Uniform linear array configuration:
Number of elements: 16
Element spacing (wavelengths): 1
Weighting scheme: binomial
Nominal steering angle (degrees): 60
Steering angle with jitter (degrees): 58.914
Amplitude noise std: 0.05
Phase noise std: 0.05

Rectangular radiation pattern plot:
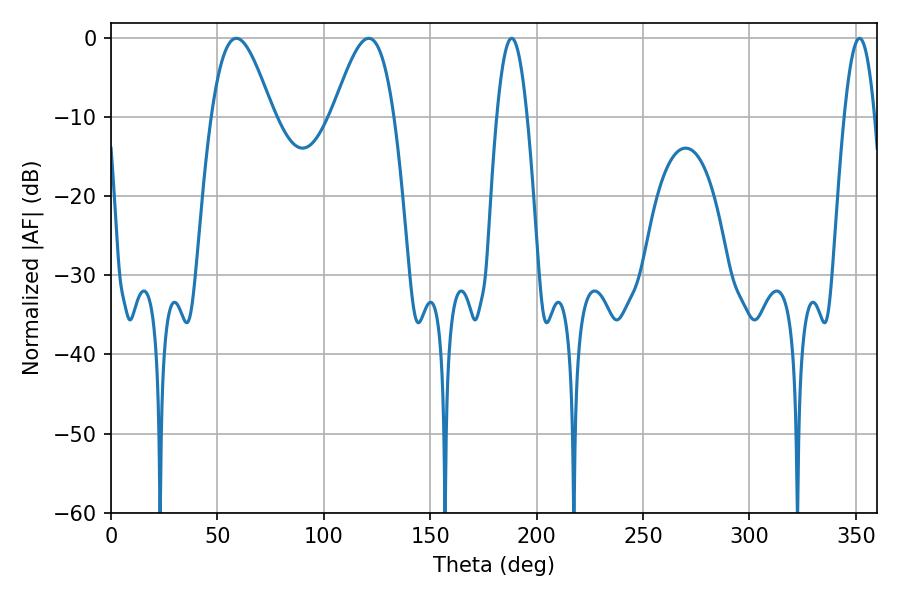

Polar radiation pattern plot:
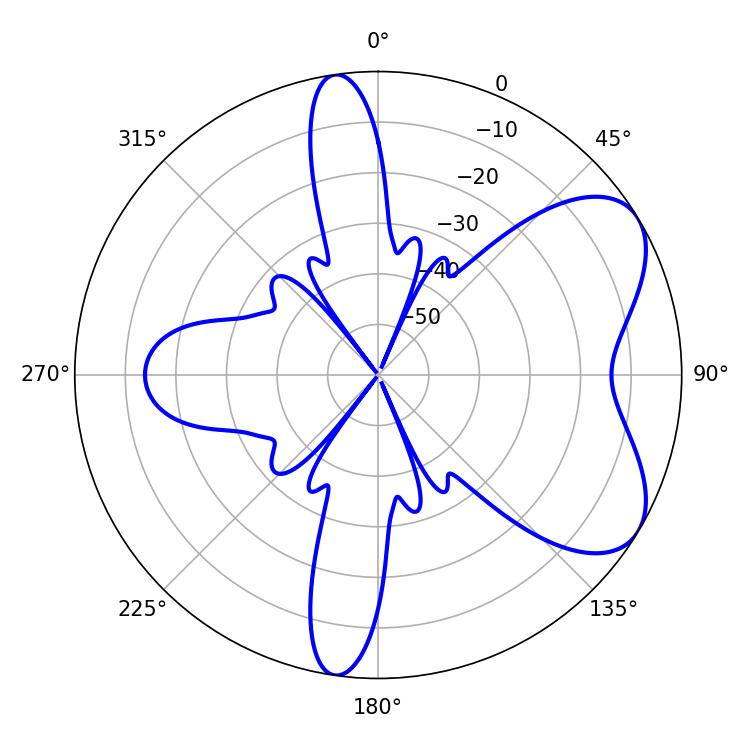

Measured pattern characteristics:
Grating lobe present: TRUE
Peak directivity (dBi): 6.259
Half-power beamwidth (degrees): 7.74
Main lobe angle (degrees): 188.28